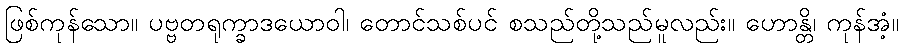
ဖြစ်ကုန်သော။ ပဗ္ဗတရုက္ခာဒယောဝါ၊ တောင်သစ်ပင် စသည်တို့သည်မူလည်း။ ဟောန္တိ၊ ကုန်အံ့။